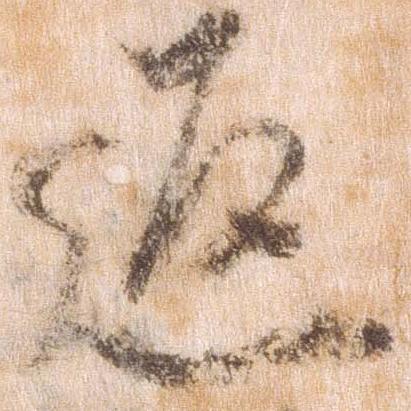
返